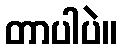
တာပါပဲ။